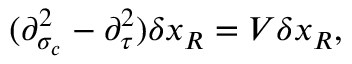
( \partial _ { \sigma _ { c } } ^ { 2 } - \partial _ { \tau } ^ { 2 } ) \delta x _ { R } = V \delta x _ { R } ,